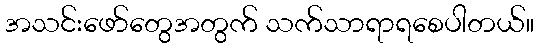
အသင်းဖော်တွေအတွက် သက်သာရာရစေပါတယ်။